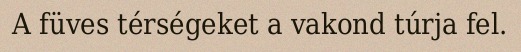
A füves térségeket a vakond túrja fel.